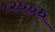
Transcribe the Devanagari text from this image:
१२६६६